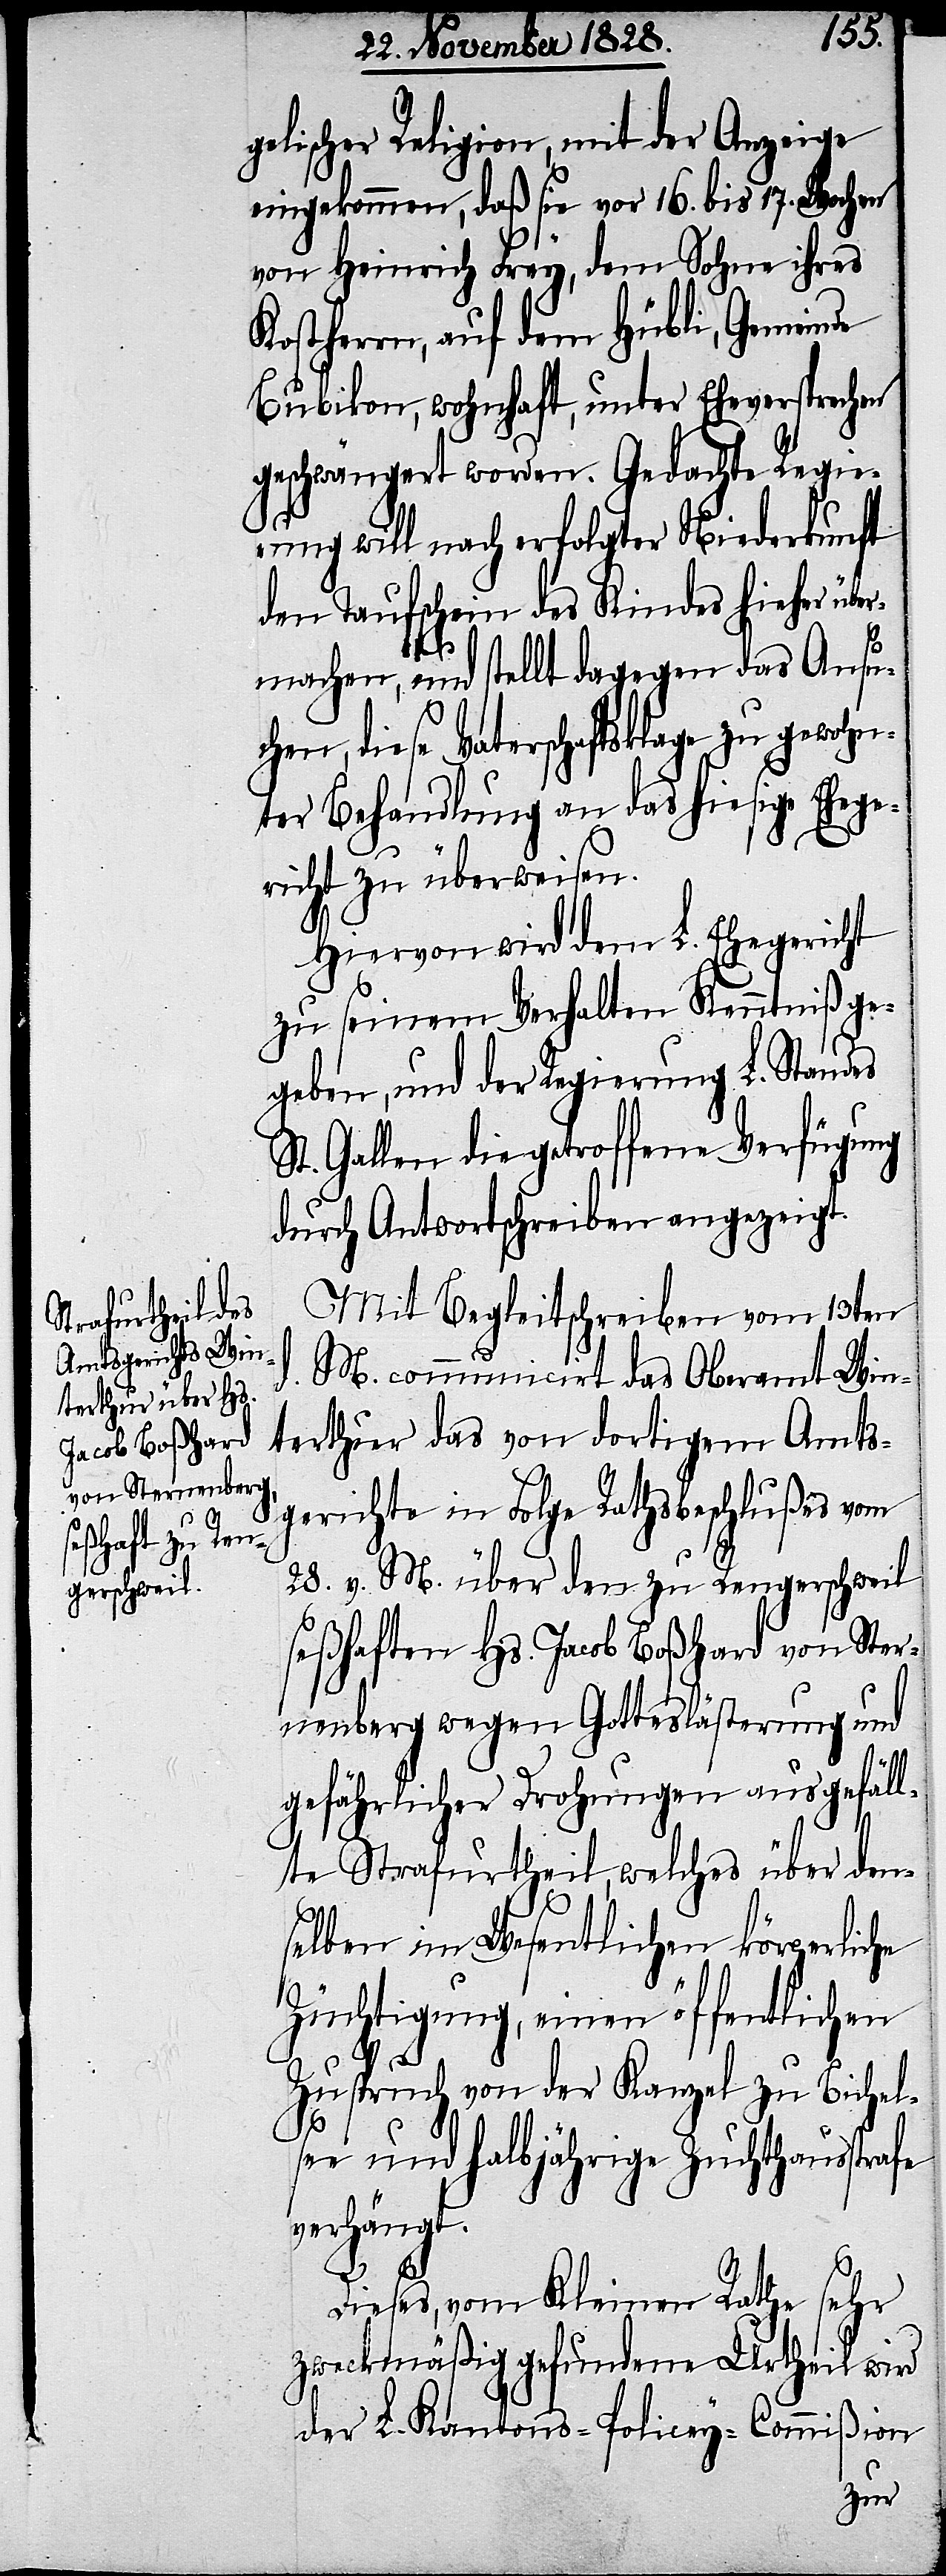
gelischer Religion, mit der Anzeige
eingekommen, daß sie vor 16. bis 17. Wochen
von Heinrich Frey, dem Sohne ihres
Kostherrn, auf dem Hübli, Gemeinde
Bubikon, wohnhaft, unter Eheversprechen
geschwängert worden. Gedachte Regie¬
rung will nach erfolgter Niederkunft
den Taufschein des Kindes hieher übe¬
rmachen, und stellt dagegen das Ansu¬
chen, diese Vaterschaftsklage zu gewohn¬
ter Behandlung an das hiesige Ehege¬
richt zu überweisen.
Hiervon wird dem L. Ehegericht
zu seinem Verhalten Kenntniß ge¬
geben, und der Regierung L. Standes
St. Gallen die getroffene Verfügung
durch Antwortschreiben angezeigt.
Mit Begleitschreiben vom 13ten
M. communicirt das Oberamt Win¬
terthur das von dortigem Amts¬
gerichte in Folge Rathsbeschluß vom
28. v. M. über den zu Rengerschweil
seßhaften Hs. Jacob Boßhard von Ster¬
nenberg wegen Gotteslästerung und
gefährlicher Drohungen ausgefäll¬
te Strafurtheil, welches über den¬
selben im Wesentlichen körperliche
Züchtigung, einen öffentlichen
Zuspruch von der Kanzel zu Bichel¬
sen und halbjährige Zuchthausstrafe
verhängt.
d.
Dieses, vom Kleinen Rathe sehr
zweckmäßig gefundene Urtheil wird
der L. Kantons-Policey-Commißion